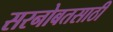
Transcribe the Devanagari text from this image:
सरनोबतसाठी